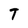
Character: T